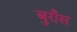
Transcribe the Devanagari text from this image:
बुराँस